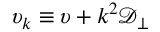
\upsilon _ { k } \equiv \upsilon + k ^ { 2 } \ensuremath { \mathcal { D } _ { \perp } }